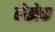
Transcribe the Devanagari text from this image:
लेझेक